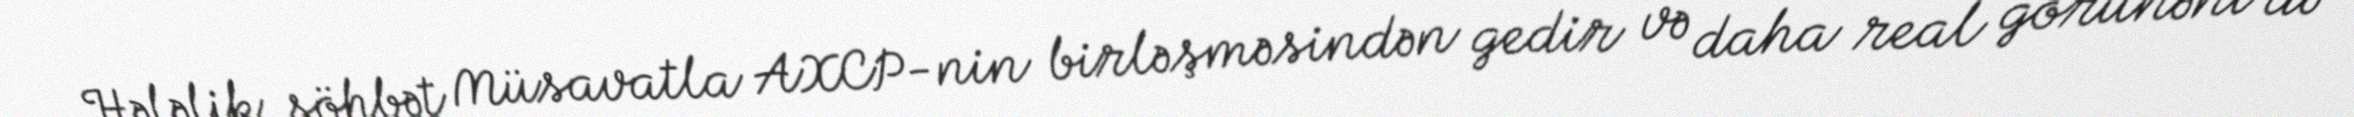
Hələlik söhbət Müsavatla AXCP-nin birləşməsindən gedir və daha real görünəni də